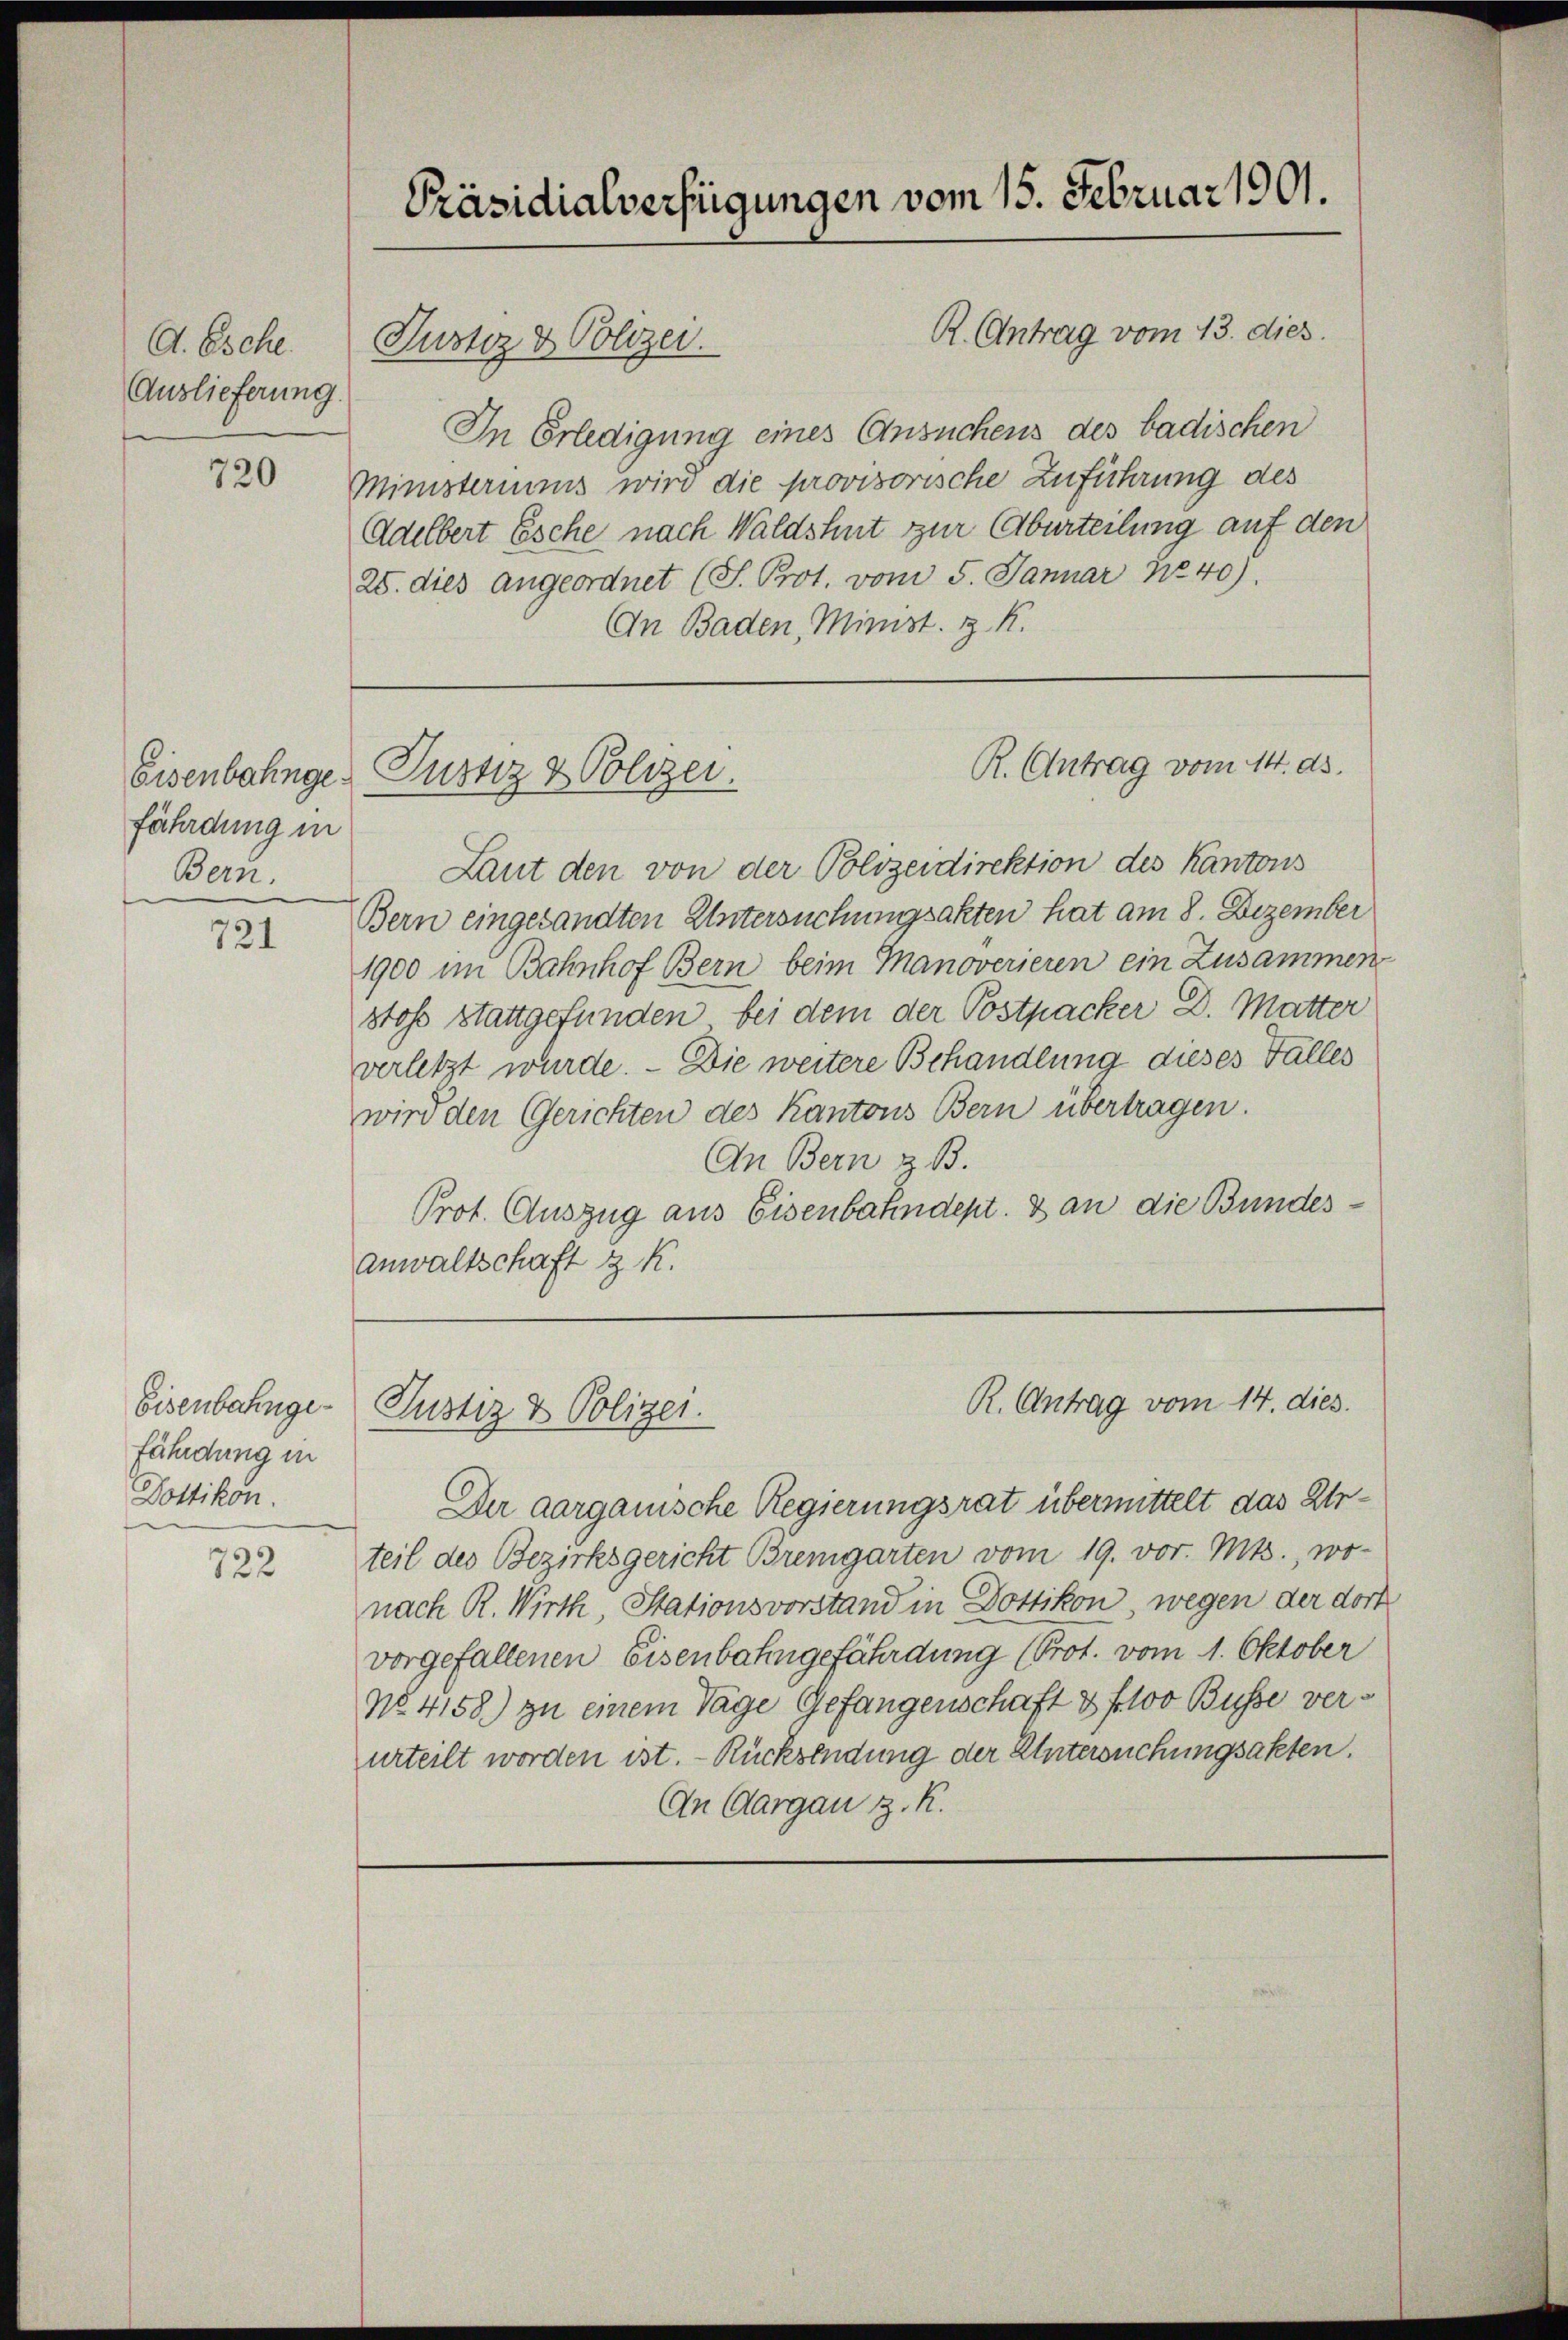
A. Esche.
Auslieferung.
720

Eisenbahnge
fährdung in
Bern.

721

Eisenbahngefährdung in
Dottikon.

722

Präsidialverfügungen vom 15. Februar 1901.

Justiz & Polizei.

Justiz & Polizei.

R. Antrag vom 13. dies
In Erledigung eines Ansuchens des badischen
Ministernaus wird die provisorische Zuführung des
Adelbert Esche nach Waldshut zur Aburteilung auf den
25. dies angeordnet (S. Prot. vom 5. Januar No 40).
An Baden, Minist. z. K.

R. Antrag vom 14. ds.

Laut den von der Polizeidirektion des Kantons
Bern eingesandten Untersuchungsakten hat am 8. Dezember
1900 im Bahnhof Bern beim Manoverieren ein Zusammen
stoss stattgefunden, bei dem der Postpacker D. Mutter
verletzt wurde. — Die weitere Behandlung dieses Falles
wird den Gerichten des Kantons Bern übertragen.
An Bern z. B.
Prot. Auszug aus Eisenbahndept. 8 an die Bundes¬
Anwaltschaft z. K.

R. Antrag vom 14. dies
Justiz & Polizei.

Der aargauische Regierungsrat übermittelt das Urteil des Bezirksgericht Bremgarten vom 19. vor. Mts., wo-
nach R. Wirth, Stationsvorstand in Dottikon, wegen der dort
vorgefallenen Eisenbahngefährdung (Prot. vom 1. Oktober
No. 4158) zu einem Tage Gefangenschaft 3 f 100 Busse verurteilt worden ist. - Rücksendung der Untersuchungsakten.
An Aargau d. R.